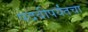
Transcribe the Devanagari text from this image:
पदवीपर्यंतचा